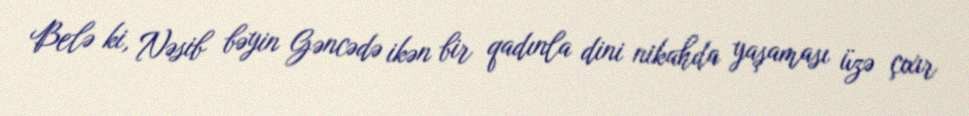
Belə ki, Nəsib bəyin Gəncədə ikən bir qadınla dini nikahda yaşaması üzə çıxır